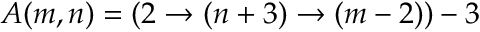
A ( m , n ) = ( 2 \rightarrow ( n + 3 ) \rightarrow ( m - 2 ) ) - 3